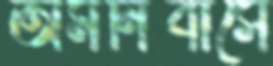
অমনিবাসে